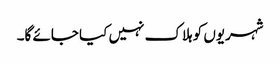
شہریوں کو ہلاک نہیں کیا جائے گا۔